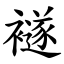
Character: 襚